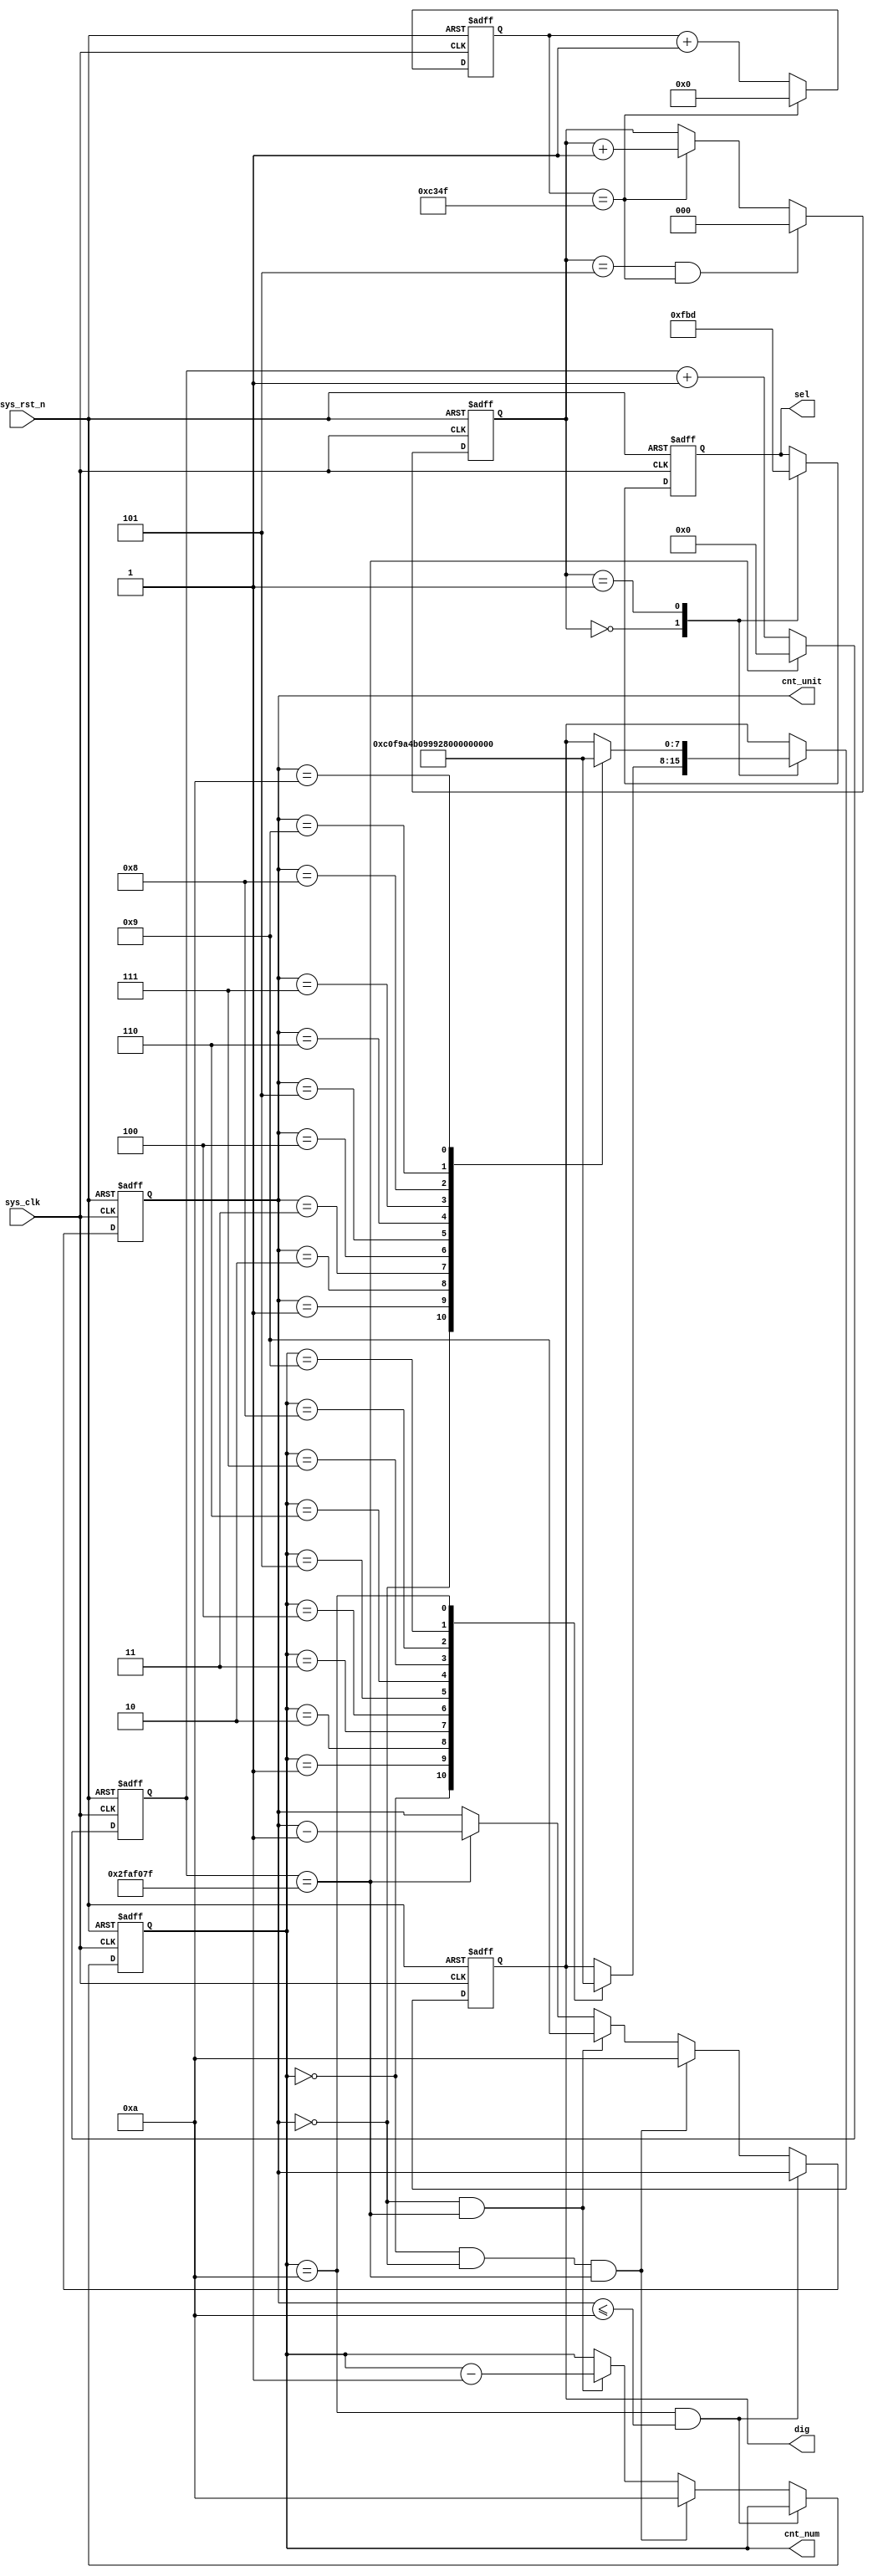
module  seg_dynamic
(
	input	wire			sys_clk		,
	input	wire			sys_rst_n	,
	
	output 	reg		[3:0]	cnt_num		,		//
	output 	reg		[3:0]	cnt_unit	,		//
	output	reg		[5:0]	sel			,
	output	reg		[7:0]	dig	 
);

localparam	CNT_DELAY_MAX  =  16'd50_000  ;
localparam	CNT_1S_MAX     =  26'd50_000_000  ;
localparam  NUM0 = 8'b1100_0000,//
            NUM1 = 8'b1111_1001,
            NUM2 = 8'b1010_0100,
            NUM3 = 8'b1011_0000,
            NUM4 = 8'b1001_1001,
            NUM5 = 8'b1001_0010,
            NUM6 = 8'b1000_0010,
            NUM7 = 8'b1111_1000,
            NUM8 = 8'b1000_0000,
            NUM9 = 8'b1001_0000,
            NUMA = 8'b1000_1000,
            NUMB = 8'b1000_0011,
            NUMC = 8'b1100_0110,
            NUMD = 8'b1010_0001,
            NUME = 8'b1000_0110,
            NUMF = 8'b1000_1110;

reg		[15:0]	cnt_delay	;
reg		[2:0]	cnt_seg		;
reg		[25:0]	cnt_1s		;

always@(posedge sys_clk or negedge sys_rst_n)
	if(sys_rst_n == 1'b0)
		cnt_delay  <=  16'd0  ;
	else  if(cnt_delay == CNT_DELAY_MAX - 1'b1)
		cnt_delay  <=  16'd0  ;
	else
		cnt_delay  <=  cnt_delay + 1'b1  ;
		
always@(posedge sys_clk or negedge sys_rst_n)
	if(sys_rst_n == 1'b0)
		cnt_seg  <=  3'd0  ;
	else  if((cnt_seg == 3'd5)&&(cnt_delay == CNT_DELAY_MAX - 1'b1))
		cnt_seg  <=  3'd0  ;
	else  if(cnt_delay == CNT_DELAY_MAX - 1'b1)
		cnt_seg  <=  cnt_seg + 1'b1  ;
	else
		cnt_seg  <=  cnt_seg  ;


		
always@(posedge sys_clk or negedge sys_rst_n)
	if(sys_rst_n == 1'b0)		
		cnt_1s  <=  26'd0  ;
	else  if(cnt_1s == CNT_1S_MAX - 1'b1)
		cnt_1s  <=  26'd0  ;
	else
		cnt_1s  <=  cnt_1s + 1'b1 ;

always@(posedge sys_clk or negedge sys_rst_n)
	if(sys_rst_n == 1'b0)
		begin
		cnt_num  <=  4'd2  ;
		cnt_unit <=  4'd0  ;
		end 
	else if((cnt_num == 4'd10 )&&(cnt_unit <=  4'd10))
		begin
		cnt_num  <=  cnt_num  ;
		cnt_unit <=  cnt_unit ;
		end
	else  if((cnt_num == 4'd0)&&(cnt_unit == 4'd0)&&(cnt_1s == CNT_1S_MAX - 1'b1))
		begin
		cnt_num  <=  4'd10  ;
		cnt_unit <=  4'd10	;
		end
		
	else if((cnt_unit == 4'd0)&&(cnt_1s == CNT_1S_MAX - 1'b1))
		begin
		cnt_num <= cnt_num - 1'b1 ;
		cnt_unit <= 4'd9 ;
		end 	
	else  if(cnt_1s == CNT_1S_MAX - 1'b1)
		cnt_unit  <=  cnt_unit - 1'b1  ;
	
	else
		begin 
		cnt_num  <=  cnt_num  ;
		cnt_unit <=  cnt_unit ;
		end 


always@(posedge sys_clk or negedge sys_rst_n)
	if(sys_rst_n == 1'b0)
		begin
		sel  <=  6'b111_111  ;
		dig  <=  NUM0  ;
		end
	else  
		case(cnt_seg)
			3'd0	:	begin 
			sel  <=  6'b111_110  ;
			case(cnt_num)
				4'd0	:	dig  <=  NUM0  ;
				4'd1	:	dig  <=  NUM1  ;
				4'd2	:	dig  <=  NUM2  ;
				4'd3	:	dig  <=  NUM3  ;
				4'd4	:	dig  <=  NUM4  ;
				4'd5	:	dig  <=  NUM5  ;
				4'd6	:	dig  <=  NUM6  ;
				4'd7	:	dig  <=  NUM7  ;
				4'd8	:	dig  <=  NUM8  ;
				4'd9	:	dig  <=  NUM9  ;
				4'ha	:	dig  <=  NUMA  ;
				default	:	dig  <=  dig  ;
			endcase
			end
			3'd1	:	begin 
			sel  <=  6'b111_101  ;
			case(cnt_unit)
				4'd0	:	dig  <=  NUM0  ;
				4'd1	:	dig  <=  NUM1  ;
				4'd2	:	dig  <=  NUM2  ;
				4'd3	:	dig  <=  NUM3  ;
				4'd4	:	dig  <=  NUM4  ;
				4'd5	:	dig  <=  NUM5  ;
				4'd6	:	dig  <=  NUM6  ;
				4'd7	:	dig  <=  NUM7  ;
				4'd8	:	dig  <=  NUM8  ;
				4'd9	:	dig  <=  NUM9  ;
				4'ha	:	dig  <=  NUMA  ;
				default	:	dig  <=  dig  ;
			endcase
			end	
			default	:	sel  <=  sel  ;
		endcase	

endmodule